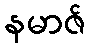
နမာဇ်